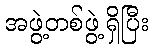
အဖွဲ့တစ်ဖွဲ့ရှိပြီး